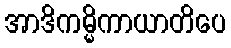
အာဒိကမ္မိကာယာတိပေ